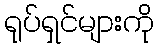
ရုပ်ရှင်များကို